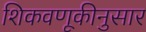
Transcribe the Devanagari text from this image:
शिकवणूकीनुसार